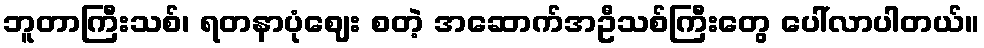
ဘူတာကြီးသစ်၊ ရတနာပုံဈေး စတဲ့ အဆောက်အဦသစ်ကြီးတွေ ပေါ်လာပါတယ်။